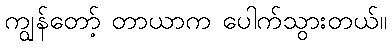
ကျွန်တော့် တာယာက ပေါက်သွားတယ်။